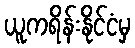
ယူကရိန်းနိုင်ငံမှ